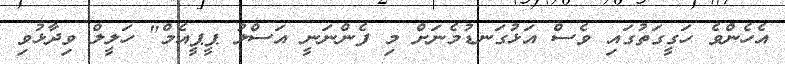
އެހެންވެ ހަގީގަތުގައި ވެސް އަޅުގަނޑުމެނަށް މި ފެންނަނީ އަސްލު ޕީޕީއެމް" ހަލީލް ވިދާޅުވި